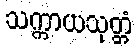
သက္ကာယသုတ္တံ